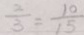
\frac { 2 } { 3 } = \frac { 1 0 } { 1 5 }